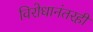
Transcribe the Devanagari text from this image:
विरोधानंतरही